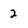
Character: 2